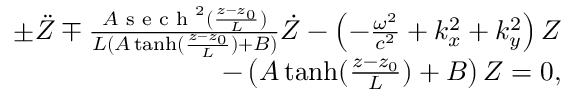
\begin{array} { r } { \pm \ddot { Z } \mp \frac { A \textrm { s e c h } ^ { 2 } ( \frac { z - z _ { 0 } } { L } ) } { L ( A \operatorname { t a n h } ( \frac { z - z _ { 0 } } { L } ) + B ) } \dot { Z } - \left( - \frac { \omega ^ { 2 } } { c ^ { 2 } } + k _ { x } ^ { 2 } + k _ { y } ^ { 2 } \right) Z } \\ { - \left( A \operatorname { t a n h } ( \frac { z - z _ { 0 } } { L } ) + B \right) Z = 0 , } \end{array}